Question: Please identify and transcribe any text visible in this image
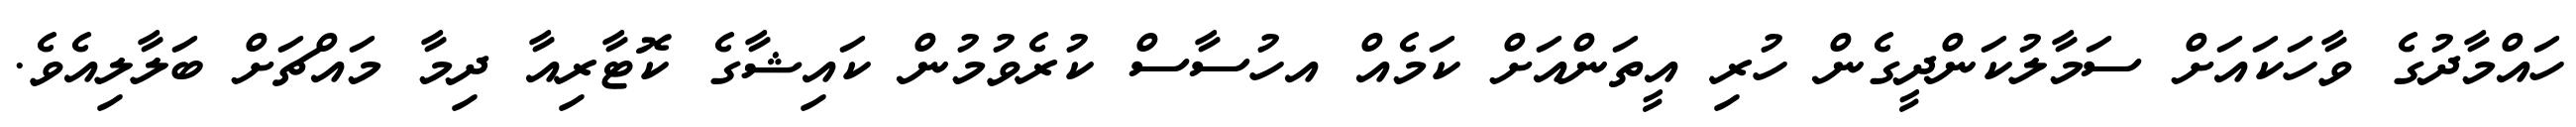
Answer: ހައްމާދުގެ ވާހަކައަށް ސަމާލުކަންދީގެން ހުރި އީތަންއަށް ކަމެއް އހުސާސް ކުރެވުމުން ކައިޝާގެ ކޮޓާރިއާ ދިމާ މައްޗަށް ބަލާލިއެވެ.